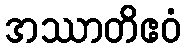
အဿာတိဧဝံ